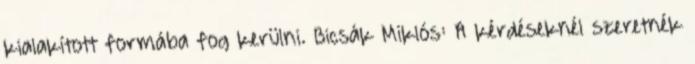
kialakított formába fog kerülni. Bicsák Miklós: A kérdéseknél szeretnék